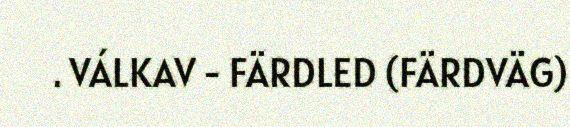
. VÁLKAV - FÄRDLED (FÄRDVÄG)